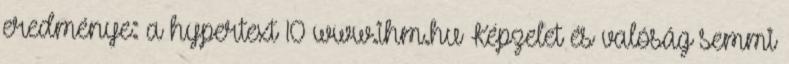
eredménye: a hypertext 10 www.ihm.hu Képzelet és valóság semmi